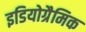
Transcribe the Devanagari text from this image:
इडियोग्रैमिक